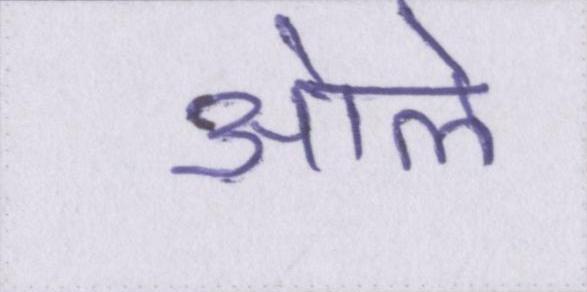
ओले